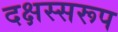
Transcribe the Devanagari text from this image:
दक्षस्सरूप